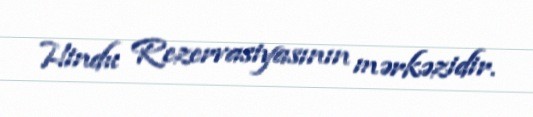
Hindu Rezervasiyasının mərkəzidir.